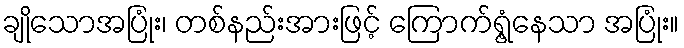
ချိုသောအပြုံး၊ တစ်နည်းအားဖြင့် ကြောက်ရွံ့နေသာ အပြုံး။